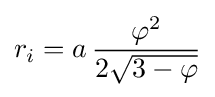
r_{i}=a\,{\frac {\varphi ^{2}}{2{\sqrt {3-\varphi }}}}